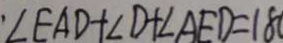
\angle E A D + \angle D + \angle A E D = 1 8